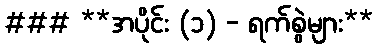
### **အပိုင်း (၁) - ရက်စွဲများ**